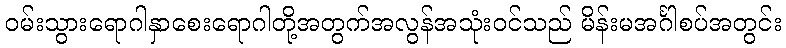
ဝမ်းသွားရောဂါနှာစေးရောဂါတို့အတွက်အလွန်အသုံးဝင်သည် မိန်းမအင်္ဂါစပ်အတွင်း